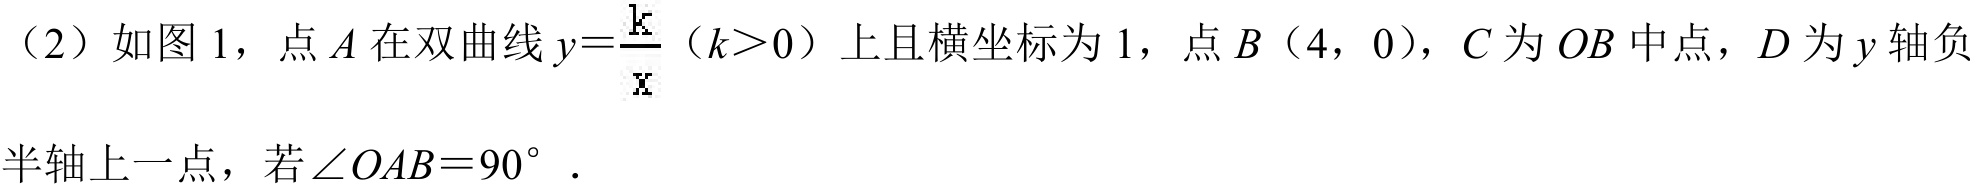
（2）如图 1，点 \(A\) 在双曲线 \(y = \dfrac{k}{x}（k>0）\) 上且横坐标为 \(1\)，点 \(B（4,0）\)，\(C\) 为 \(OB\) 中点，\(D\) 为 \(y\) 轴负半轴上一点，若 \(\angle OAB = 90^{\circ}\)．